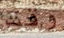
وقت